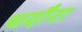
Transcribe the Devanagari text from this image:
चदौरा